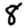
Digit: 8